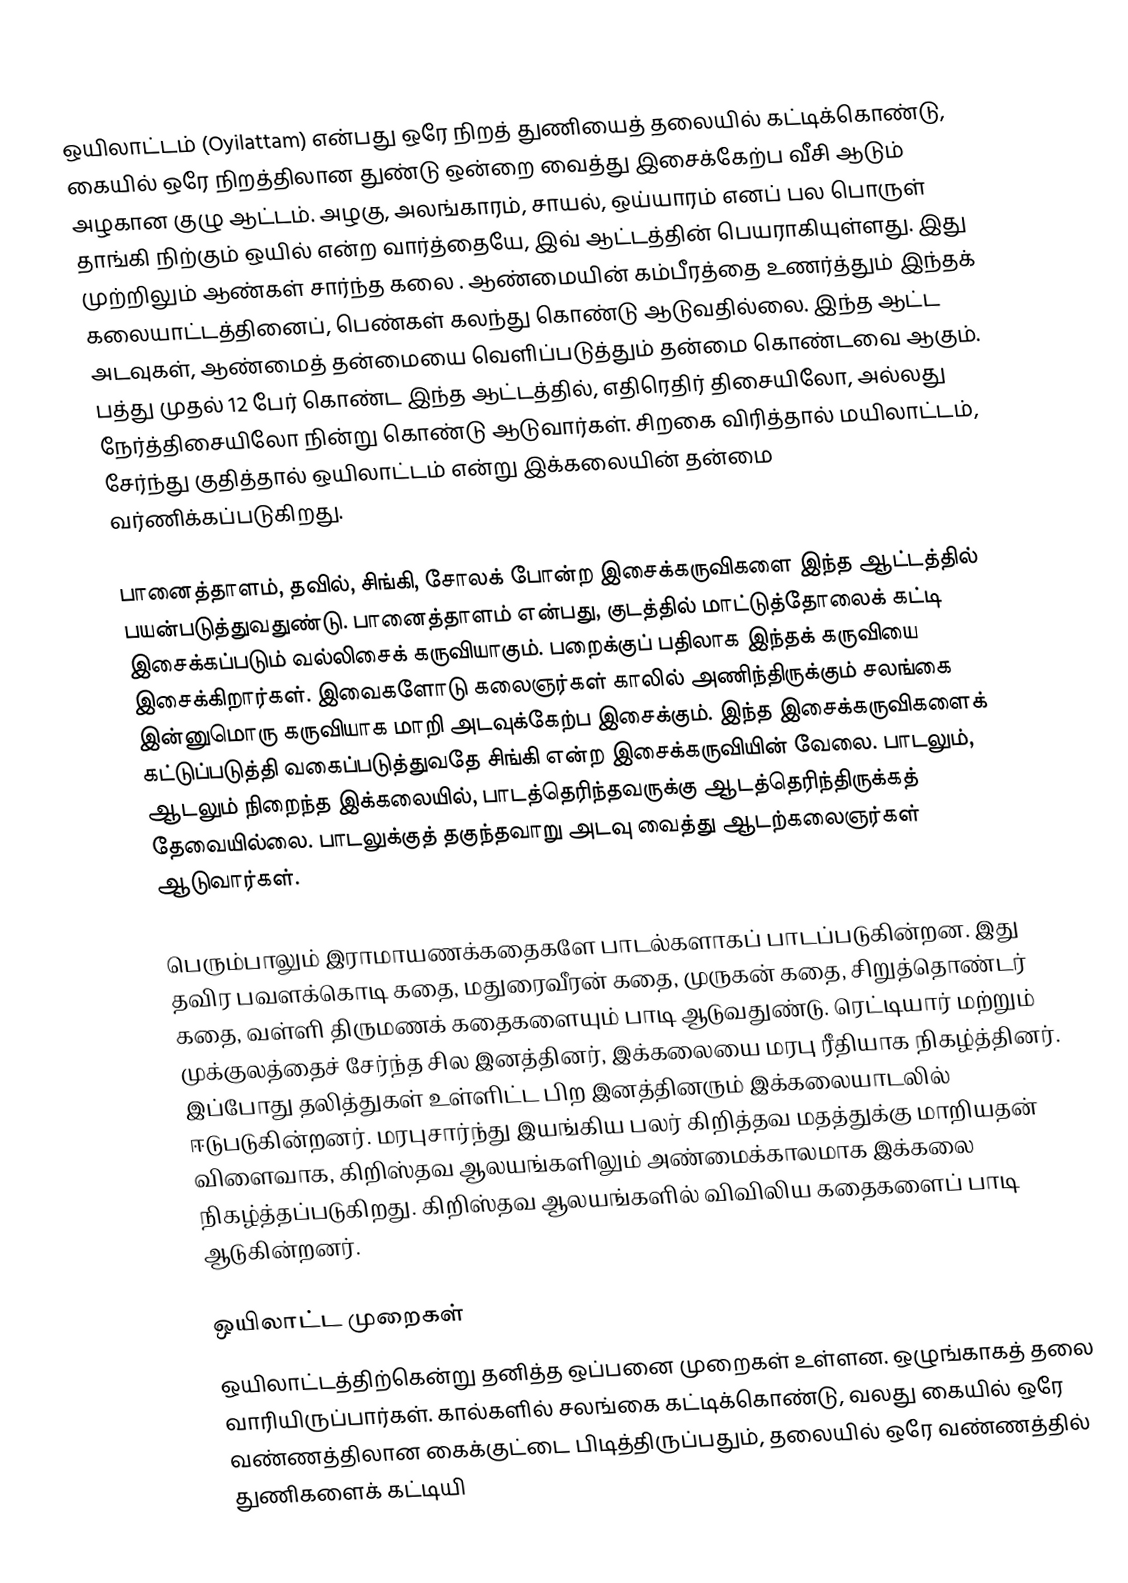
ஒயிலாட்டம் (Oyilattam) என்பது ஒரே நிறத் துணியைத் தலையில் கட்டிக்கொண்டு, கையில் ஒரே நிறத்திலான துண்டு ஒன்றை வைத்து இசைக்கேற்ப வீசி ஆடும் அழகான  குழு ஆட்டம். அழகு, அலங்காரம், சாயல், ஒய்யாரம் எனப் பல பொருள் தாங்கி நிற்கும் ஒயில் என்ற வார்த்தையே, இவ் ஆட்டத்தின் பெயராகியுள்ளது. இது முற்றிலும் ஆண்கள் சார்ந்த கலை . ஆண்மையின் கம்பீரத்தை உணர்த்தும் இந்தக் கலையாட்டத்தினைப், பெண்கள்  கலந்து கொண்டு ஆடுவதில்லை.  இந்த ஆட்ட அடவுகள், ஆண்மைத் தன்மையை வெளிப்படுத்தும் தன்மை கொண்டவை ஆகும். பத்து முதல் 12 பேர் கொண்ட இந்த ஆட்டத்தில், எதிரெதிர் திசையிலோ, அல்லது நேர்த்திசையிலோ நின்று கொண்டு ஆடுவார்கள். சிறகை விரித்தால் மயிலாட்டம், சேர்ந்து குதித்தால் ஒயிலாட்டம் என்று இக்கலையின் தன்மை வர்ணிக்கப்படுகிறது.

பானைத்தாளம், தவில், சிங்கி, சோலக் போன்ற இசைக்கருவிகளை இந்த ஆட்டத்தில் பயன்படுத்துவதுண்டு. பானைத்தாளம் என்பது, குடத்தில் மாட்டுத்தோலைக் கட்டி இசைக்கப்படும் வல்லிசைக் கருவியாகும். பறைக்குப் பதிலாக இந்தக் கருவியை இசைக்கிறார்கள். இவைகளோடு கலைஞர்கள் காலில் அணிந்திருக்கும் சலங்கை இன்னுமொரு கருவியாக மாறி அடவுக்கேற்ப இசைக்கும். இந்த இசைக்கருவிகளைக் கட்டுப்படுத்தி வகைப்படுத்துவதே சிங்கி என்ற இசைக்கருவியின் வேலை. பாடலும், ஆடலும் நிறைந்த இக்கலையில், பாடத்தெரிந்தவருக்கு ஆடத்தெரிந்திருக்கத் தேவையில்லை. பாடலுக்குத் தகுந்தவாறு அடவு வைத்து ஆடற்கலைஞர்கள் ஆடுவார்கள்.

பெரும்பாலும் இராமாயணக்கதைகளே பாடல்களாகப் பாடப்படுகின்றன. இது தவிர பவளக்கொடி கதை, மதுரைவீரன் கதை, முருகன் கதை, சிறுத்தொண்டர் கதை, வள்ளி திருமணக் கதைகளையும் பாடி ஆடுவதுண்டு. ரெட்டியார் மற்றும் முக்குலத்தைச் சேர்ந்த சில இனத்தினர், இக்கலையை மரபு ரீதியாக நிகழ்த்தினர். இப்போது தலித்துகள் உள்ளிட்ட பிற இனத்தினரும் இக்கலையாடலில் ஈடுபடுகின்றனர். மரபுசார்ந்து இயங்கிய பலர் கிறித்தவ மதத்துக்கு மாறியதன் விளைவாக, கிறிஸ்தவ ஆலயங்களிலும் அண்மைக்காலமாக இக்கலை நிகழ்த்தப்படுகிறது. கிறிஸ்தவ ஆலயங்களில் விவிலிய கதைகளைப் பாடி ஆடுகின்றனர்.

ஒயிலாட்ட முறைகள்
ஒயிலாட்டத்திற்கென்று தனித்த ஒப்பனை முறைகள் உள்ளன. ஒழுங்காகத் தலை வாரியிருப்பார்கள். கால்களில் சலங்கை கட்டிக்கொண்டு, வலது கையில் ஒரே வண்ணத்திலான கைக்குட்டை பிடித்திருப்பதும், தலையில் ஒரே வண்ணத்தில் துணிகளைக் கட்டியி